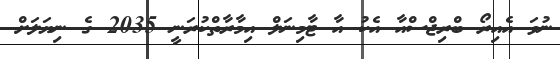
ނުވަ އެއިރޯ ބްރިޖްސްއާ އެކު އާ ޓާމިނަލް އިމާރާތްކުރަނީ 2035 ގެ ނިޔަލަށް